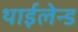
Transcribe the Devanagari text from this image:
थाईलेन्ड